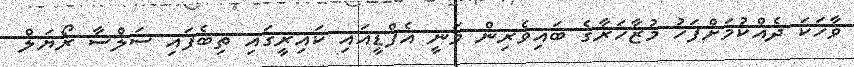
ވާހަކަ ދެއްކުމަށްފަހު މުޒާހަރާގެ ބައިވެރިން ވަނީ އެފްޑީއައި ކައިރީގައި ތިބެފައި ސަލްސާ ރޯޔަލް